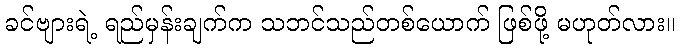
ခင်ဗျားရဲ့ ရည်မှန်းချက်က သဘင်သည်တစ်ယောက် ဖြစ်ဖို့ မဟုတ်လား။